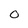
Character: 0